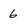
Character: 6